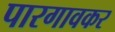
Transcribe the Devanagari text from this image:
पारगावकर